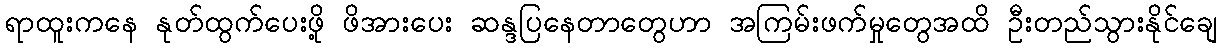
ရာထူးကနေ နုတ်ထွက်ပေးဖို့ ဖိအားပေး ဆန္ဒပြနေတာတွေဟာ အကြမ်းဖက်မှုတွေအထိ ဦးတည်သွားနိုင်ချေ